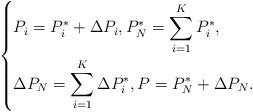
LaTeX: \begin{align*} \left\{\begin{aligned}&P_i=P^*_i+\Delta P_i, P_N^*=\sum_{i=1}^{K} P^*_i,\\&\Delta P_N=\sum_{i=1}^{K} \Delta P^*_i,P=P_N^*+\Delta P_N.\end{aligned}\right. \end{align*}